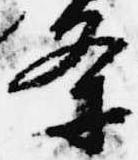
条